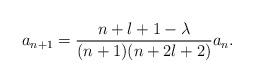
LaTeX: \begin{align*}a_{n+1}=\frac{n+l+1-\lambda}{(n+1)(n+2l+2)}a_n.\end{align*}